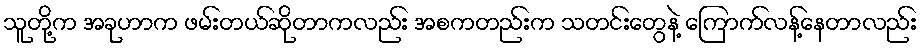
သူတို့က အခုဟာက ဖမ်းတယ်ဆိုတာကလည်း အစကတည်းက သတင်းတွေနဲ့ ကြောက်လန့်နေတာလည်း